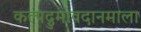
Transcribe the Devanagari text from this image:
कल्पद्रुमावदानमाला